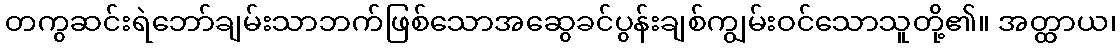
တကွဆင်းရဲဘော်ချမ်းသာဘက်ဖြစ်သောအဆွေခင်ပွန်းချစ်ကျွမ်းဝင်သောသူတို့၏။ အတ္ထာယ၊